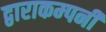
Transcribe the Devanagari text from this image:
द्वाराकम्‍पनी